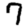
Digit: 7